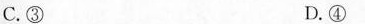
C.③ D.④